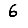
Digit: 6